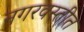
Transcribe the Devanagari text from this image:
नगरवस्तीत